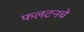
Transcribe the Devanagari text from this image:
फलटनचे